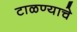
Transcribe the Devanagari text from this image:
टाळण्याचे